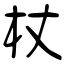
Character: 杖